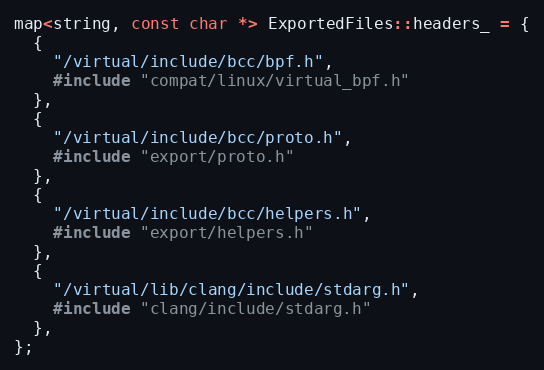
Language: C++
map<string, const char *> ExportedFiles::headers_ = {
  {
    "/virtual/include/bcc/bpf.h",
    #include "compat/linux/virtual_bpf.h"
  },
  {
    "/virtual/include/bcc/proto.h",
    #include "export/proto.h"
  },
  {
    "/virtual/include/bcc/helpers.h",
    #include "export/helpers.h"
  },
  {
    "/virtual/lib/clang/include/stdarg.h",
    #include "clang/include/stdarg.h"
  },
};